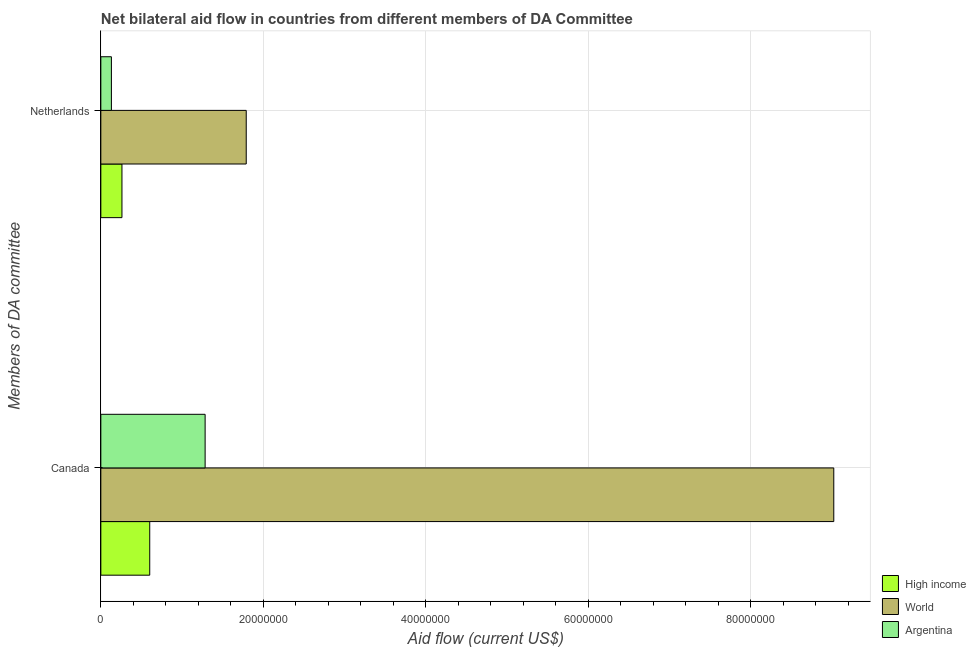
| Members of DA committee | High income | World | Argentina |
 | --- | --- | --- | --- |
 | Canada | 6.02e+06 | 9.02e+07 | 1.28e+07 |
 | Netherlands | 2.6e+06 | 1.79e+07 | 1.3e+06 |